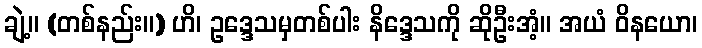
ချဲ့။ (တစ်နည်း။) ဟိ၊ ဥဒ္ဒေသမှတစ်ပါး နိဒ္ဒေသကို ဆိုဦးအံ့။ အယံ ဝိနယော၊